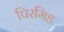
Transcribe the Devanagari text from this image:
पिरमिड